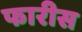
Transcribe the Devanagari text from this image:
फारीस